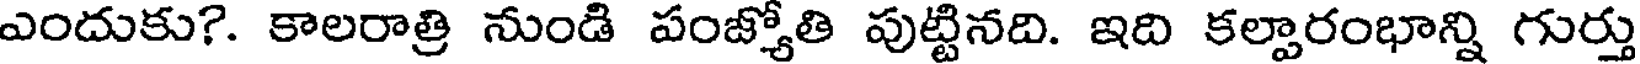
ఎందుకు?. కాలరాత్రి నుండి పంజ్యోతి పుట్టినది. ఇది కల్పారంభాన్ని గుర్తు